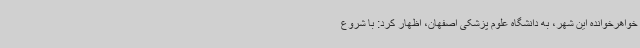
خواهرخوانده این شهر، به دانشگاه علوم پزشکی اصفهان، اظهار کرد: با شروع